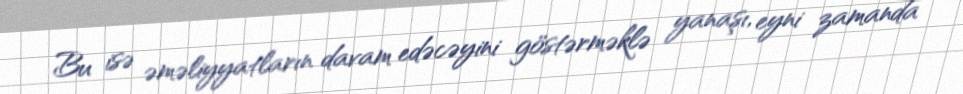
Bu isə əməliyyatların davam edəcəyini göstərməklə yanaşı, eyni zamanda